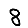
Digit: 8